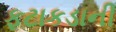
ફટાકડાની